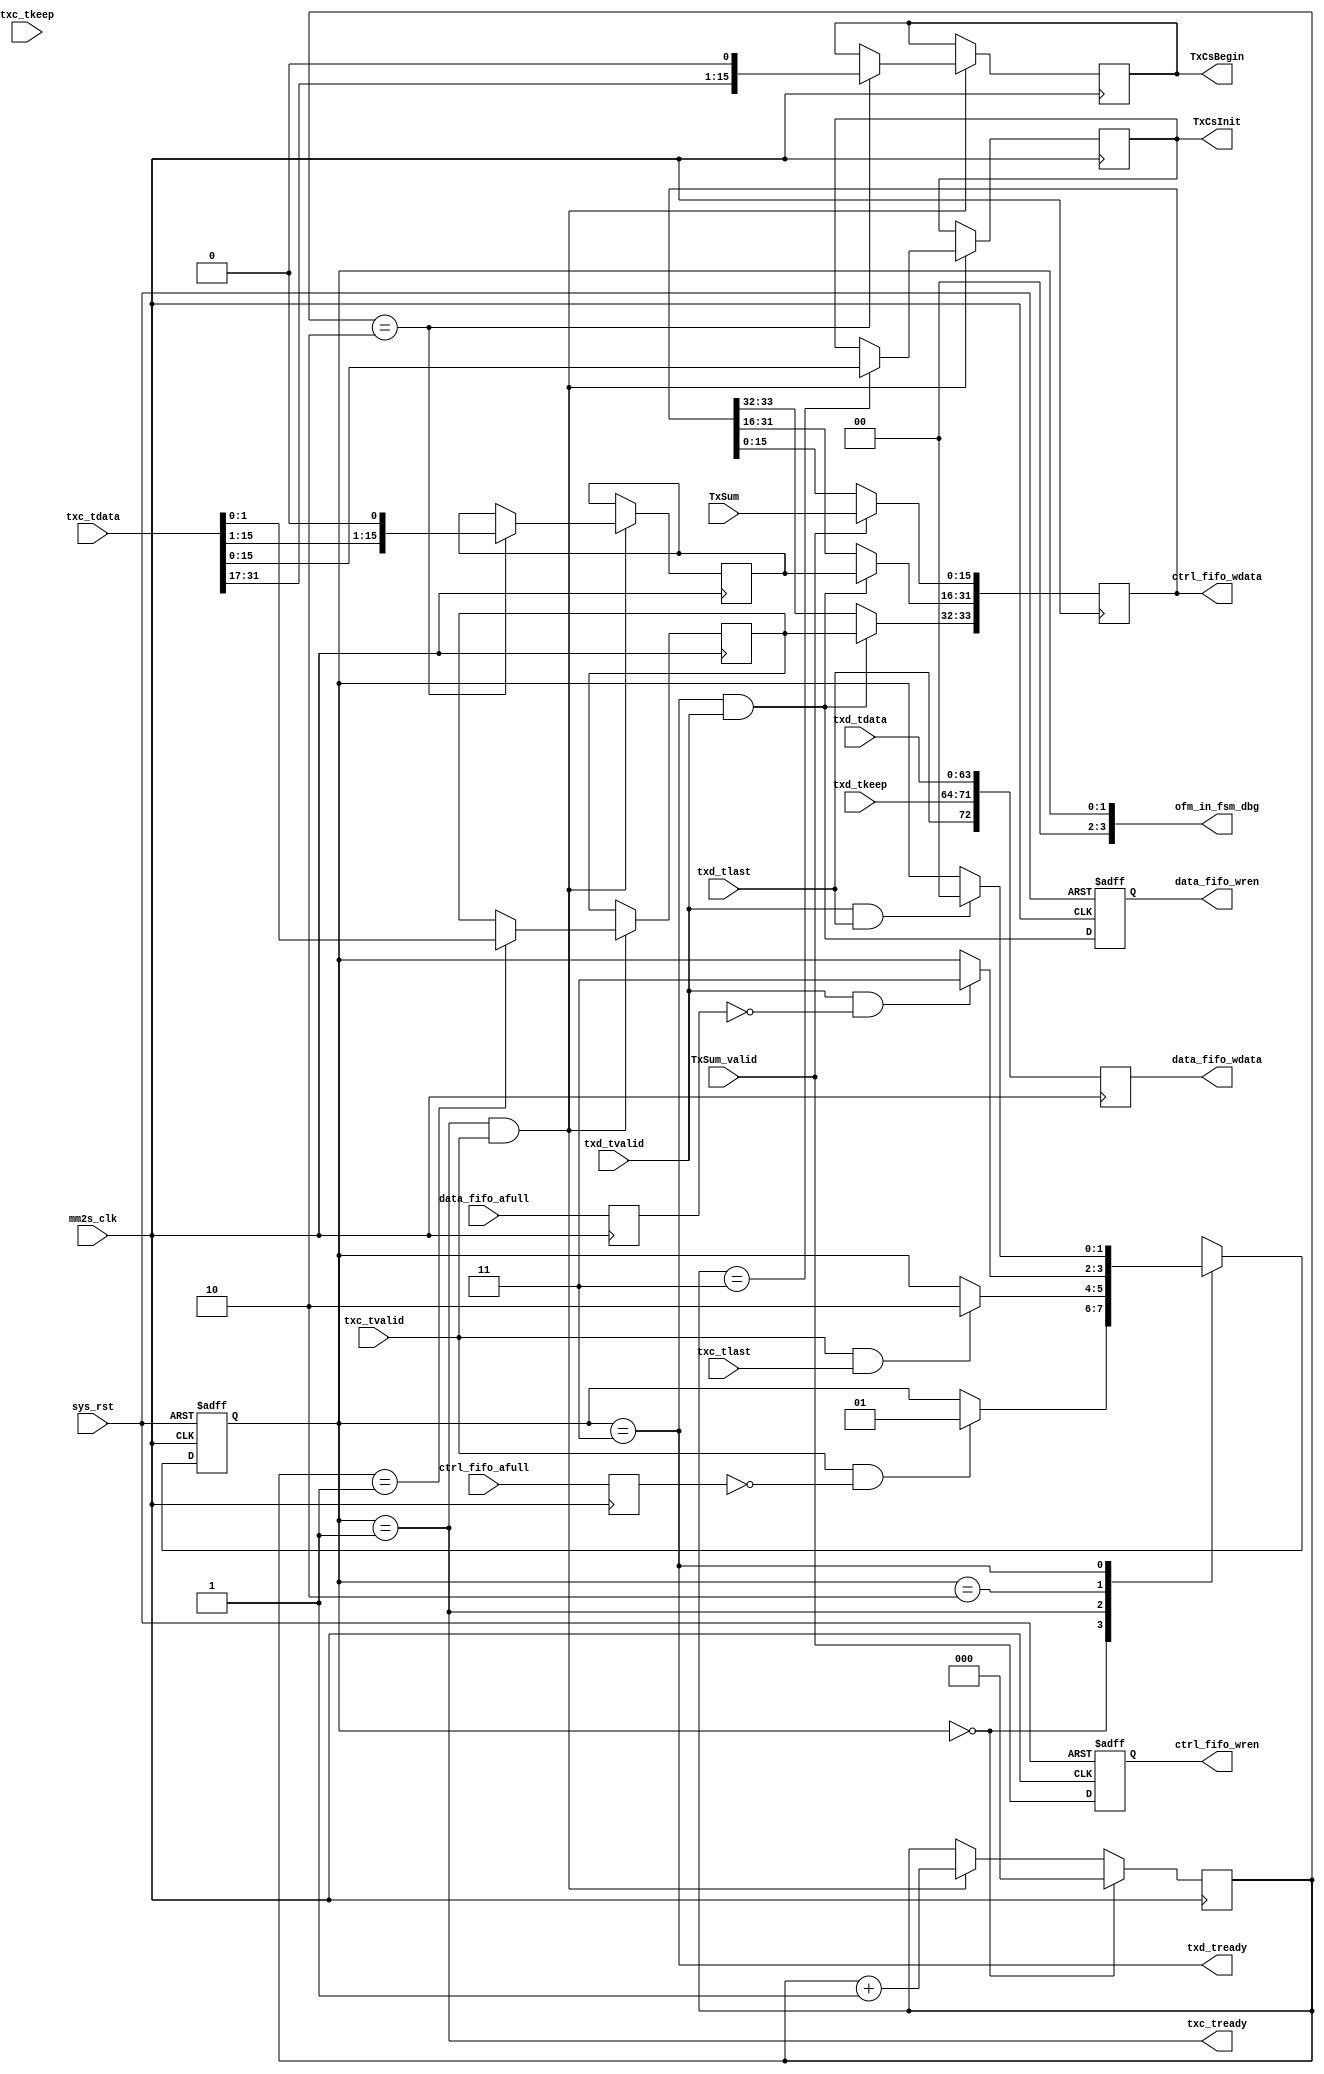
// ofm_in_fsm.v --- 
// 
// Description: 
// Maintainer: 
// Version: 
// Last-Updated: 
//           By: 
//     Update #: 0
// URL: 
// Keywords: 
// Compatibility: 
// 
// 

// Commentary: 
// 
// 
// 
// 

// Change log:
// 
// 
// 

// -------------------------------------
// Naming Conventions:
// 	active low signals                 : "*_n"
// 	clock signals                      : "clk", "clk_div#", "clk_#x"
// 	reset signals                      : "rst", "rst_n"
// 	generics                           : "C_*"
// 	user defined types                 : "*_TYPE"
// 	state machine next state           : "*_ns"
// 	state machine current state        : "*_cs"
// 	combinatorial signals              : "*_com"
// 	pipelined or register delay signals: "*_d#"
// 	counter signals                    : "*cnt*"
// 	clock enable signals               : "*_ce"
// 	internal version of output port    : "*_i"
// 	device pins                        : "*_pin"
// 	ports                              : - Names begin with Uppercase
// Code:
`timescale 1ps/1ps
module ofm_in_fsm (/*AUTOARG*/
   // Outputs
   txd_tready, txc_tready, ctrl_fifo_wdata, ctrl_fifo_wren,
   data_fifo_wdata, data_fifo_wren, TxCsBegin, TxCsInit,
   ofm_in_fsm_dbg,
   // Inputs
   mm2s_clk, sys_rst, txd_tdata, txd_tkeep, txd_tvalid, txd_tlast,
   txc_tdata, txc_tkeep, txc_tvalid, txc_tlast, ctrl_fifo_afull,
   data_fifo_afull, TxSum_valid, TxSum
   );
   input mm2s_clk;
   input sys_rst;

   input [63:0] txd_tdata;
   input [7:0] 	txd_tkeep;
   input 	txd_tvalid;
   input 	txd_tlast;
   output 	txd_tready;

   input [31:0] txc_tdata;
   input [3:0] 	txc_tkeep;
   input 	txc_tvalid;
   input 	txc_tlast;
   output 	txc_tready;

   input 	ctrl_fifo_afull;
   output [33:0] ctrl_fifo_wdata;
   output 	 ctrl_fifo_wren;
   
   input 	data_fifo_afull;
   output [72:0] data_fifo_wdata;
   output 	 data_fifo_wren;

   input 	 TxSum_valid;
   input [15:0]  TxSum;
   output [15:0] TxCsBegin;
   output [15:0] TxCsInit;
   
   /*AUTOREG*/
   // Beginning of automatic regs (for this module's undeclared outputs)
   reg [33:0]		ctrl_fifo_wdata;
   reg			ctrl_fifo_wren;
   reg [72:0]		data_fifo_wdata;
   reg			data_fifo_wren;
   // End of automatics

   localparam [1:0] 		// synopsys enum state_info
     S_IDLE = 2'h0,
     S_CTRL = 2'h1,
     S_WAIT = 2'h2,
     S_DATA = 2'h3;
   reg [1:0] 	// synopsys enum state_info
		state, state_ns;
   always @(posedge mm2s_clk or posedge sys_rst)
     begin
	if (sys_rst)
	  begin
	     state <= #1 S_IDLE;
	  end
	else
	  begin
	     state <= #1 state_ns;
	  end
     end // always @ (posedge mm2s_clk or posedge sys_rst)

   reg tx_ok;
   reg ctrl_fifo_afull_reg;
   reg data_fifo_afull_reg;
   always @(*)
     begin
	state_ns = state;
	case (state)
	  S_IDLE: if (txc_tvalid && ~ctrl_fifo_afull_reg)
	    begin
	       state_ns = S_CTRL;
	    end
	  S_CTRL: if (txc_tvalid && txc_tlast)
	    begin
	       state_ns = S_WAIT;
	    end
	  S_WAIT: if (txd_tvalid && ~data_fifo_afull_reg)
	    begin
	       state_ns = S_DATA;
	    end
	  S_DATA: if (txd_tvalid && txd_tlast)
	    begin
	       state_ns = S_IDLE;
	    end
	endcase
     end // always @ (*)

   // ctrl data extract
   reg [2:0] tcnt;
   always @(posedge mm2s_clk)
     begin
	if (state == S_IDLE)
	  begin
	     tcnt <= #1 0;
	  end
	else if (txc_tready && txc_tvalid)
	  begin
	     tcnt <= #1 tcnt + 1'b1;	     
	  end
     end // always @ (posedge mm2s_clk)
   always @(posedge mm2s_clk)
     begin
	ctrl_fifo_afull_reg <= #1 ctrl_fifo_afull;
     end
   assign txc_tready = state == S_CTRL;

   // Only support Paritial transmit checksum offloading
   // 1) TxCsCntrl must be 2'b00 or 2'b01
   // 2) TxCsBegin  >= 14
   // 3) TxCsInsert >   8
   reg [3:0]  TxFlag;
   reg [15:0] TxCsBegin;
   reg [15:0] TxCsInsert;
   reg [15:0] TxCsInit;
   reg [1:0]  TxCsCntrl;
   always @(posedge mm2s_clk)
     begin
	if (txc_tready && txc_tvalid)
	  begin
	     case (tcnt)
	       3'h0: begin
		  TxFlag      <= #1 txc_tdata[31:28]; 
	       end
	       3'h1: begin 
		  TxCsCntrl   <= #1 txc_tdata[1:0];
	       end
	       3'h2: begin 
		  TxCsBegin   <= #1 {txc_tdata[31:17], 1'b0}; 
		  TxCsInsert  <= #1 {txc_tdata[15:01], 1'b0};
	       end
	       3'h3: TxCsInit <= #1 txc_tdata[15:0];
	     endcase
	  end
     end // always @ (posedge mm2s_clk)

   always @(posedge mm2s_clk or posedge sys_rst)
     begin
	if (sys_rst)
	  begin
	     ctrl_fifo_wren <= #1 1'b0;
	     data_fifo_wren <= #1 1'b0;
	  end
	else
	  begin
	     ctrl_fifo_wren <= #1 TxSum_valid;
	     data_fifo_wren <= #1 txd_tready && txd_tvalid;
	  end
     end // always @ (posedge mm2s_clk)

   // we caculate the CheckSum in mm2s clock domain,
   // insert the TxSum into stream in tx clock domain.
   always @(posedge mm2s_clk)
     begin
	if (TxSum_valid)
	  begin
	     ctrl_fifo_wdata[15:0]  <= #1 TxSum;
	  end
	if (txd_tready && txd_tvalid)
	  begin
	     ctrl_fifo_wdata[31:16] <= #1 TxCsInsert;
	     ctrl_fifo_wdata[33:32] <= #1 TxCsCntrl;
	  end
     end
   
   always @(posedge mm2s_clk)
     begin
	data_fifo_afull_reg <= #1 data_fifo_afull;
     end
   assign txd_tready = state == S_DATA;
   always @(posedge mm2s_clk)
     begin
	data_fifo_wdata[63:0]  <= #1 txd_tdata;
	data_fifo_wdata[71:64] <= #1 txd_tkeep;
	data_fifo_wdata[72]    <= #1 txd_tlast;
     end

   output [3:0]   ofm_in_fsm_dbg;
   assign ofm_in_fsm_dbg = state;
   /*AUTOASCIIENUM("state", "state_ascii", "S_")*/
   // Beginning of automatic ASCII enum decoding
   reg [31:0]		state_ascii;		// Decode of state
   always @(state) begin
      case ({state})
	S_IDLE:   state_ascii = "idle";
	S_CTRL:   state_ascii = "ctrl";
	S_WAIT:   state_ascii = "wait";
	S_DATA:   state_ascii = "data";
	default:  state_ascii = "%Err";
      endcase
   end
   // End of automatics
endmodule
// 
// ofm_in_fsm.v ends here